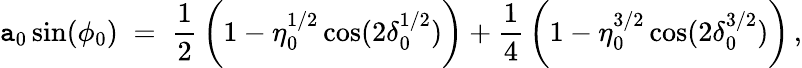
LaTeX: \mathtt{a}_{0}\sin(\phi_{0})\; =\; \frac{{1}}{{2}}\, \biggl(1-\eta_{0}^{1/2}\cos(2\delta_{0}^{1/2})\biggr)+\frac{{1}}{{4}}\, \biggl(1-\eta_{0}^{3/2}\cos(2\delta_{0}^{3/2})\biggr)\, ,